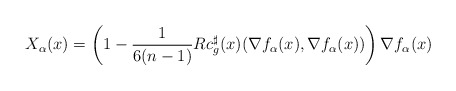
\begin{align*}X_\alpha(x)=\left(1-\frac{1}{6(n-1)}Rc_g^{\sharp}(x)(\nabla f_\alpha(x),\nabla f_\alpha (x)) \right) \nabla f_\alpha(x)\end{align*}